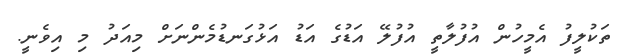
ތަކުލީފު އެމީހުން އުފުލާތީ އުފުލޭ އަޑުގެ އަޑު އަޅުގަނޑުމެންނަށް މިއަދު މި އިވެނީ.